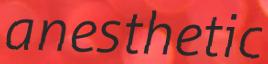
anesthetic